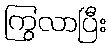
ကြွလာပြီး